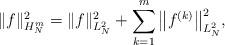
LaTeX: \begin{align*} \|f\|_{H^m_N}^2 = \|f\|_{L^2_N}^2+\sum_{k=1}^m\big\|f^{(k)}\big\|_{L^2_N}^2,\end{align*}